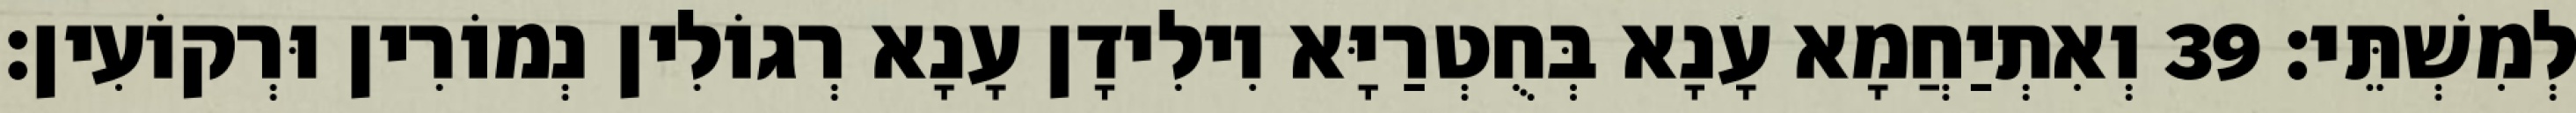
לְמִשְׁתֵּי׃ 39 וְאִתְיַחֲמָא עָנָא בְּחֻטְרַיָּא וִילִידָן עָנָא רְגוֹלִין נְמוֹרִין וּרְקוֹעִין׃